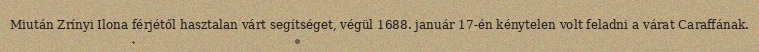
Miután Zrínyi Ilona férjétől hasztalan várt segítséget, végül 1688. január 17-én kénytelen volt feladni a várat Caraffának.